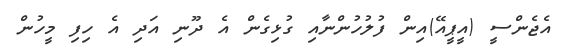
އެޖެންސީ (އީޕީއޭ)އިން ފުލުހުންނާއި ގުޅިގެން އެ ދޫނި އަދި އެ ހިފި މީހުން